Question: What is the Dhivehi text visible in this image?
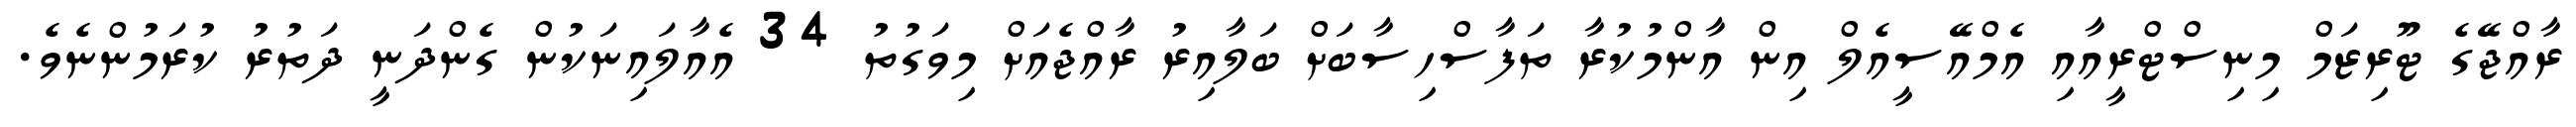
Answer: ރާއްޖޭގެ ޓޫރިޒަމް މިނިސްޓްރީއާއި އެމްއޭސީއެލް އިން އާންމުކުރާ ތަފާސްހިސާބަށް ބަލާއިރު ރާއްޖެއަށް މިވަގުތު 34 އެއާލައިނަކުން ގެންދަނީ ދަތުރު ކުރަމުންނެވެ.